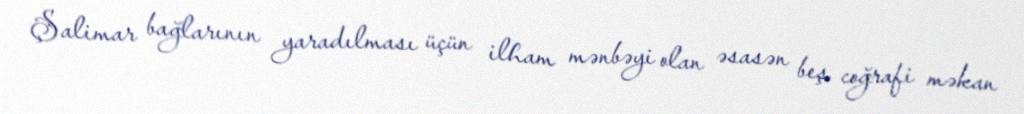
Şalimar bağlarının yaradılması üçün ilham mənbəyi olan əsasən beş coğrafi məkan